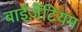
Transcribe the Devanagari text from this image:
बाईज़ैंटियम